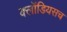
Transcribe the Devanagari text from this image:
क्लॉडियसच